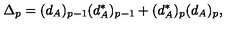
\Delta _ { p } = ( d _ { A } ) _ { p - 1 } ( d _ { A } ^ { * } ) _ { p - 1 } + ( d _ { A } ^ { * } ) _ { p } ( d _ { A } ) _ { p } ,